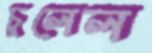
চুলেল